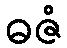
ဓဇံ